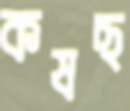
কষছ